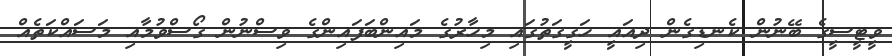
ވީޓީސީގެ ބޭނުން ކެނޑިގެން ދިއައީ ހަގީގަތުގައި މިހާރުގެ މައިންބަފައިންގެ ވިސްނުން ގޯސްވުމާއި މަސައްކަތެއް